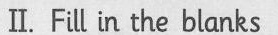
Ⅱ. Fill in the blanks